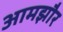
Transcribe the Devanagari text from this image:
आमझौर